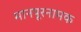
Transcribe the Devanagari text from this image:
मानपूरनामक